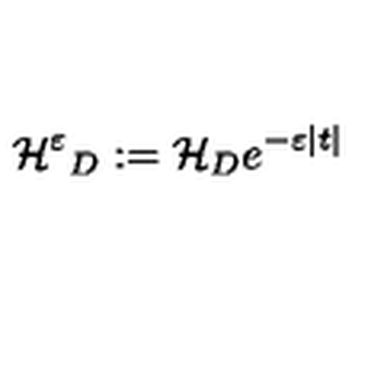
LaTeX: { \cal { H ^ { \varepsilon } } } _ { D } : = { \cal { H } } _ { D } e ^ { - \varepsilon | t | }